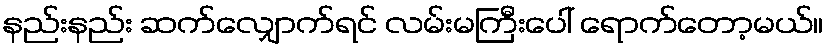
နည်းနည်း ဆက်လျှောက်ရင် လမ်းမကြီးပေါ် ရောက်တော့မယ်။